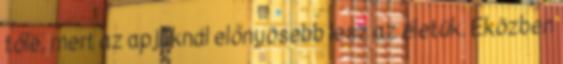
tőle, mert az apjuknál előnyösebb lesz az életük. Eközben